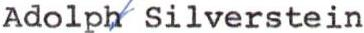
Adolph/ Silverstein